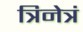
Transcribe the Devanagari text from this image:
त्रिनेत्रं